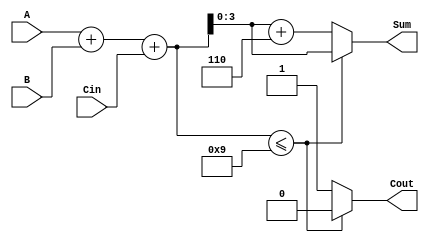
module BCD_LUT_Adder (
    input  wire [3:0] A,      // First BCD operand
    input  wire [3:0] B,      // Second BCD operand
    input  wire Cin,           // Carry input
    output reg  [3:0] Sum,     // BCD sum output
    output reg  Cout           // Carry output
);

    // Intermediate 5-bit sum
    wire [4:0] temp_sum;

    // Calculate the binary sum of A, B, and Cin
    assign temp_sum = A + B + Cin;

    // LUT for BCD correction
    always @(*) begin
        if (temp_sum <= 9) begin
            Sum = temp_sum[3:0]; // Valid BCD, directly assign
            Cout = 1'b0;         // No carry
        end else begin
            Sum = temp_sum[3:0] + 4'b0110; // Add 6 to correct to BCD
            Cout = 1'b1;         // Carry is generated
        end
    end

endmodule